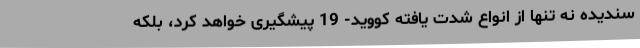
سندیده نه تنها از انواع شدت یافته کووید- 19 پیشگیری خواهد کرد، بلکه